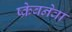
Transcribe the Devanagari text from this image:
ष्क्रेबनेवा